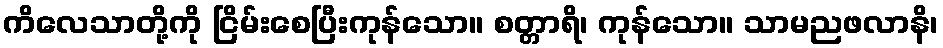
ကိလေသာတို့ကို ငြိမ်းစေပြီးကုန်သော။ စတ္တာရိ၊ ကုန်သော။ သာမညဖလာနိ၊